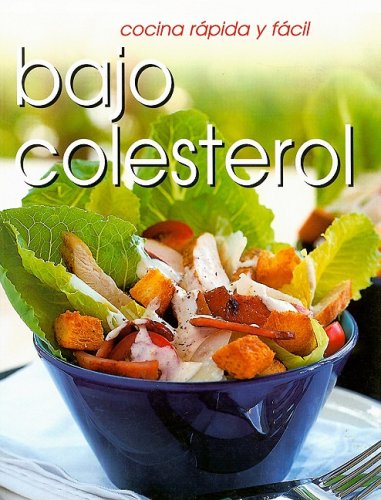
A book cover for Cocina rÃ¡pido y fÃ¡cil bajo colesterol (Cocina Rapida Y Facil) (Spanish Edition); Catherine Saxelby; Cookbooks, Food & Wine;